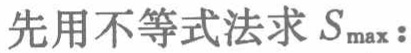
先用不等式法求 \(S_{\max}\)：